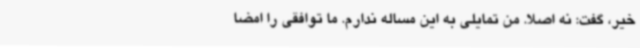
خیر، گفت: نه اصلا. من تمایلی به این مساله ندارم. ما توافقی را امضا